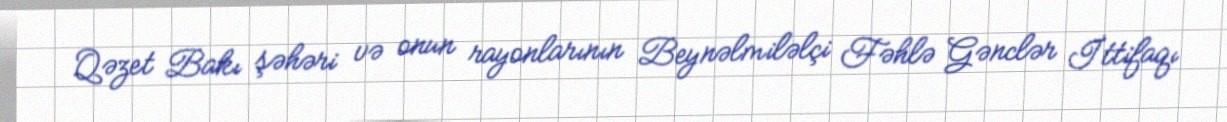
Qəzet Bakı şəhəri və onun rayonlarının Beynəlmiləlçi Fəhlə Gənclər İttifaqı